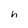
Character: h